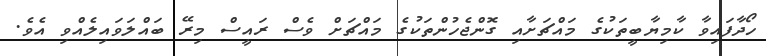
ހޯދާފައިވާ ކާމިޔާބީތަކުގެ މައްޗަށާއި ގޮންޖެހުންތަކުގެ މައްޗަށް ވެސް ރައީސް މިރޭ ބައްލަވައިލެއްވި އެވެ.